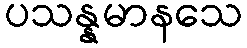
ပသန္နမာနသေ